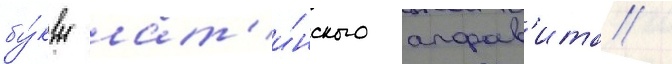
бу́квы лат'и́нского алфав'ита /